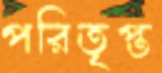
পরিতৃপ্ত